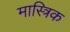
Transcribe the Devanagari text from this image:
मास्त्रिक